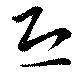
恐